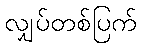
လျှပ်တစ်ပြက်